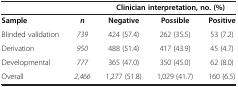
|  |  | <COLSPAN=3> Clinician interpretation, no. (%) |
 | --- | --- | --- | --- | --- |
 | Sample | n | Negative | Possible | Positive |
 | Blinded validation | 739 | 424 (57.4) | 262 (35.5) | 53 (7.2) |
 | Derivation | 950 | 488 (51.4) | 417 (43.9) | 45 (4.7) |
 | Developmental | 777 | 365 (47.0) | 350 (45.0) | 62 (8.0) |
 | Overall | 2,466 | 1,277 (51.8) | 1,029 (41.7) | 160 (6.5) |